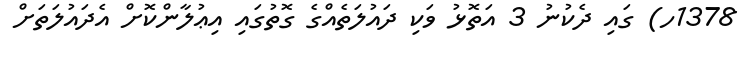
1378ހ) ގައި ދެކުނު 3 އަތޮޅު ވަކި ދައުލަތެއްގެ ގޮތުގައި އިޢުލާންކޮށް އެދައުލަތަށް